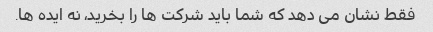
فقط نشان می دهد که شما باید شرکت ها را بخرید، نه ایده ها.